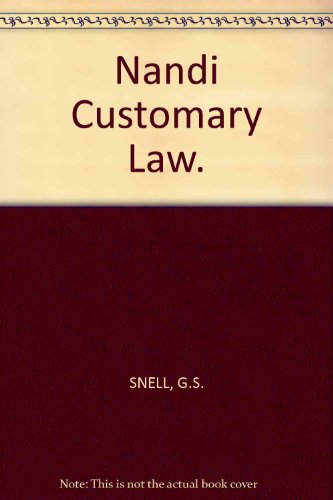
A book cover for Custom and Tradition in East Africa: Nandi Customary Law; G.S. Snell; Law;